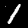
Digit: 1